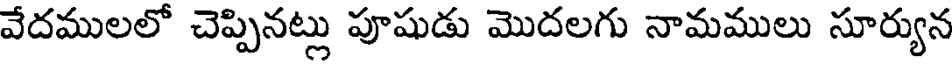
వేదములలో చెప్పినట్లు పూషుడు మొదలగు నామములు సూర్యున